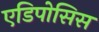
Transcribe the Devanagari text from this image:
एडिपोसिस